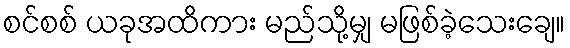
စင်စစ် ယခုအထိကား မည်သို့မျှ မဖြစ်ခဲ့သေးချေ။